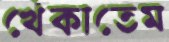
খেঁকাতেম